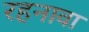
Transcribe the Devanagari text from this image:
रहनावा